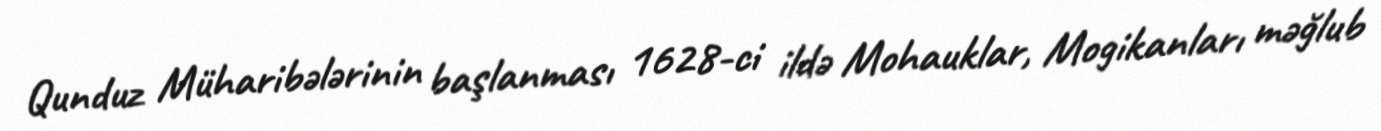
Qunduz Müharibələrinin başlanması 1628-ci ildə Mohauklar, Mogikanları məğlub